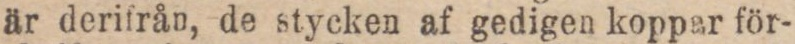
är derifrån, de stycken af gedigen koppar för-